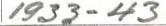
1933-43